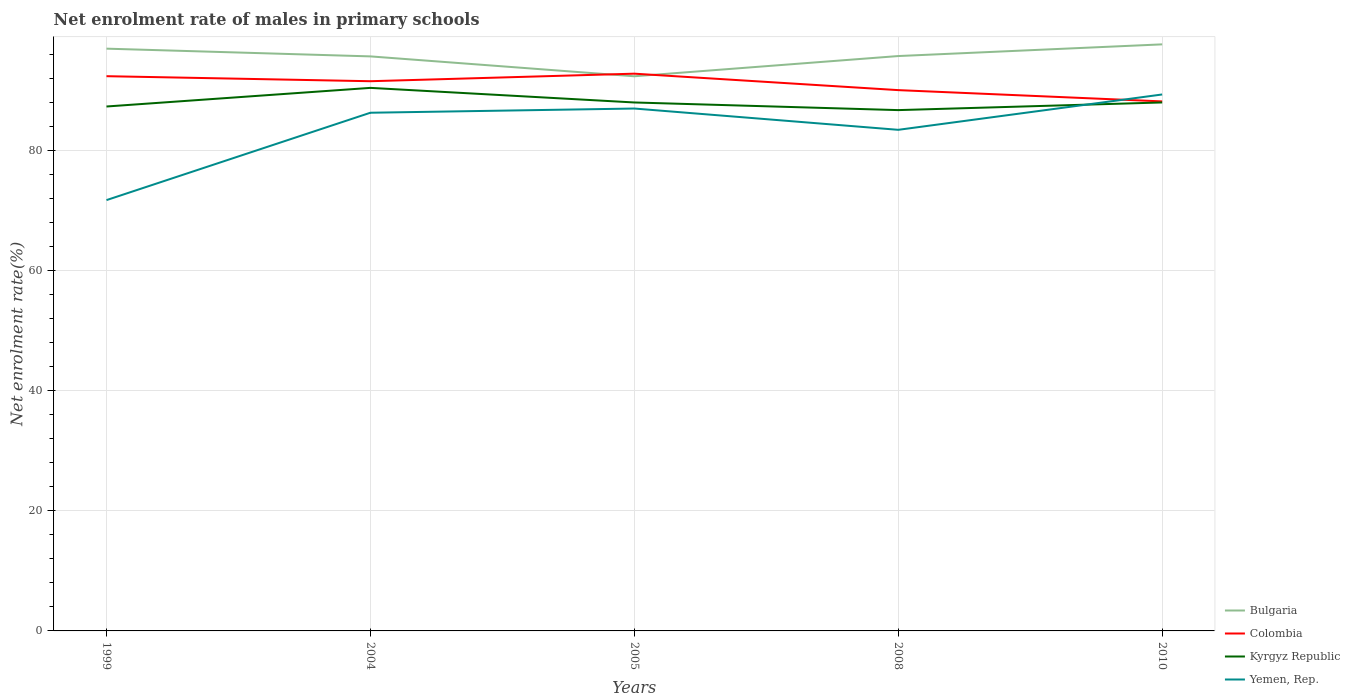
| Years | Bulgaria | Colombia | Kyrgyz Republic | Yemen, Rep. |
 | --- | --- | --- | --- | --- |
 | 1999 | 97 | 92.4 | 87.4 | 71.8 |
 | 2004 | 95.7 | 91.6 | 90.5 | 86.4 |
 | 2005 | 92.4 | 92.9 | 88.1 | 87.1 |
 | 2008 | 95.8 | 90.1 | 86.8 | 83.5 |
 | 2010 | 97.7 | 88.2 | 88.1 | 89.4 |